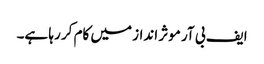
ایف بی آر موثر انداز میں کام کر رہا ہے۔